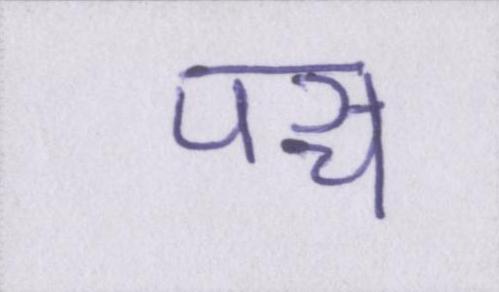
पञ्च